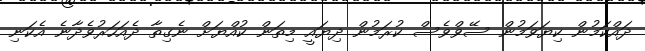
ދައްކަމުން ކިޔަވަމުން ސޭވްވެސް ކުރަމުން ދިޔައީ މިތަން ކުއްޔަށް ނެގިތާ ދެއަހަރުވެދާނެ އެކަނި